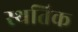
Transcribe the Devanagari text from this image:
स्थतिक